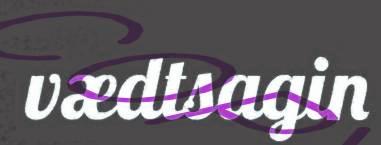
vædtsagin